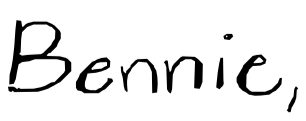
Text: Bennie,
Cross-out: clean
Writing tool: digital_black